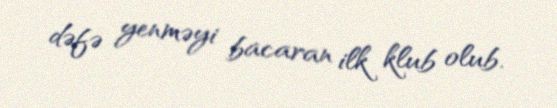
dəfə yenməyi bacaran ilk klub olub.